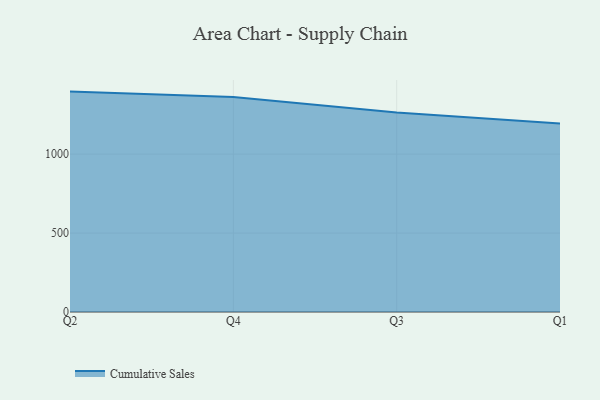
{"axis": {"x": "Quarter", "y": "Production Output"}, "legend": ["Cumulative Sales"], "data": [{"x": "Q2", "y": 1395.9, "type": "Cumulative Sales"}, {"x": "Q4", "y": 1361.8, "type": "Cumulative Sales"}, {"x": "Q3", "y": 1263.2, "type": "Cumulative Sales"}, {"x": "Q1", "y": 1193.4, "type": "Cumulative Sales"}]}